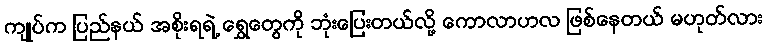
ကျုပ်က ပြည်နယ် အစိုးရရဲ့ ရွှေတွေကို ဘုံးပြေးတယ်လို့ ကောလာဟလ ဖြစ်နေတယ် မဟုတ်လား